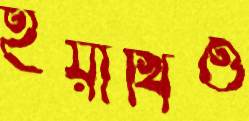
ইয়াখিও